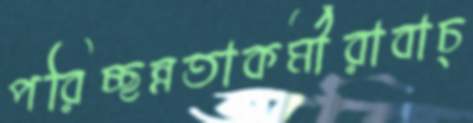
পরিচ্ছন্নতাকর্মীরাবাচ্